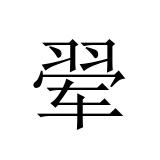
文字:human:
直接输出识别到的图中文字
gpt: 翚